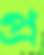
প্র